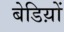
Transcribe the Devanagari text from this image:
बेडिय़ों